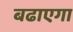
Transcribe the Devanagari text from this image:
बढाएगा